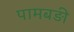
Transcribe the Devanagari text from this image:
पामबड़ी